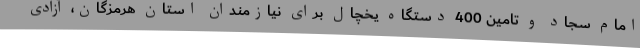
امام سجاد و تامین 400 دستگاه یخچال برای نیازمندان استان هرمزگان، آزادی